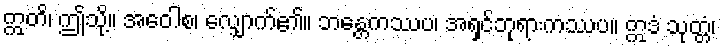
ဣတိ၊ ဤသို့။ အဝေါစ၊ လျှောက်၏။ ဘန္တေကဿပ၊ အရှင်ဘုရားကဿပ။ ဣဒံ သုတ္တံ၊